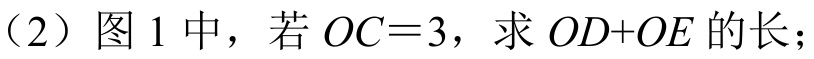
(2) 图\(1\)中，若\(OC = 3\)，求\(OD + OE\)的长；